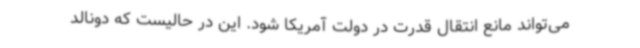
می‌تواند مانع انتقال قدرت در دولت آمریکا شود. این در حالیست که دونالد